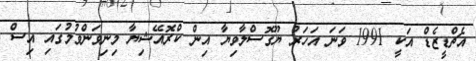
އެޗްޑީޒެޑް އަކީ 1991 ވަނަ އަހަރު ޔޫގޮސްލާވިޔާ އިން ކްރޮއޭޝިޔާ މިނިވަންވުމުގައި އިސް